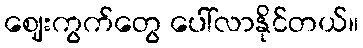
ဈေးကွက်တွေ ပေါ်လာနိုင်တယ်။